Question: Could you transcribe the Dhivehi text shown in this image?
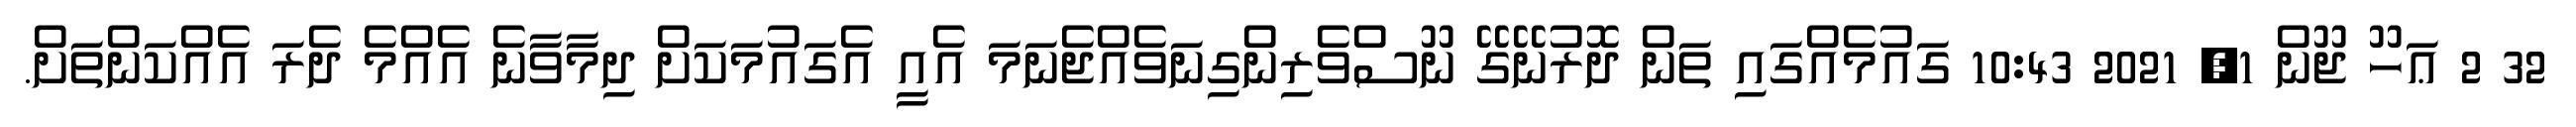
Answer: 32 2 ޢަހޫ ޖޫން 1, 2021 10:43 ގައުމެއްގައި ތަން ދޮރުނޭގޭ ނޫސްވެރިންގިނަވެއްޖެނަމަ އެއީ އެގައުމަކަށް ދިމާވާނެ އެއްމެ ދެރަ އެއްކަންތަށް.